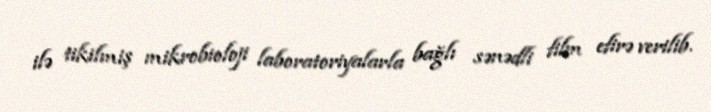
ilə tikilmiş mikrobioloji laboratoriyalarla bağlı sənədli film efirə verilib.